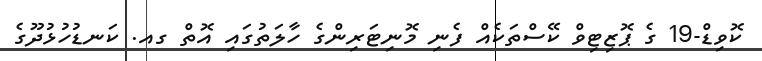
ކޮވިޑް-19 ގެ ޕޮޒިޓިވް ކޭސްތަކެއް ފެނި މޮނިޓަރިންގެ ހާލަތުގައި އޮތް ގއ. ކަނޑުހުޅުދޫގެ